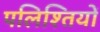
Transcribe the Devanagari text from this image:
पलिश्तियों